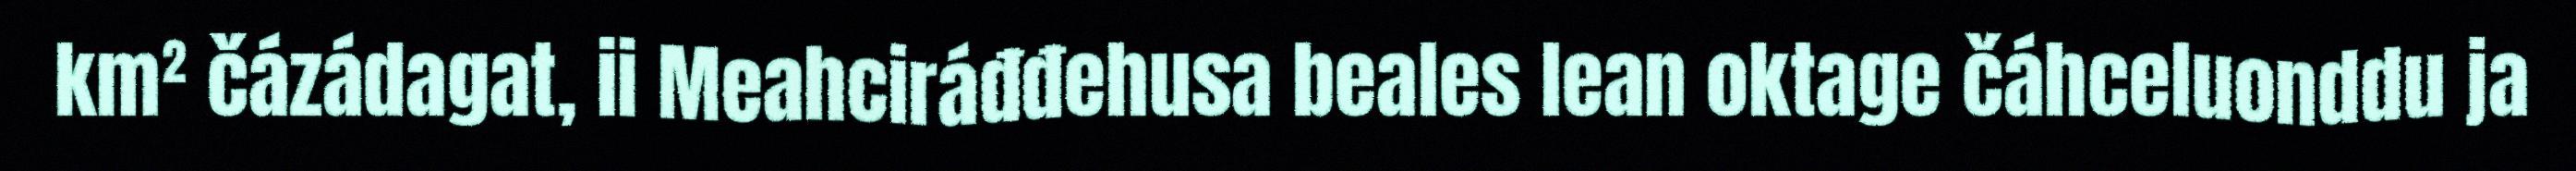
km² čázádagat, ii Meahciráđđehusa beales lean oktage čáhceluonddu ja